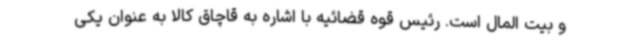
و بیت المال است. رئیس قوه قضائیه با اشاره به قاچاق کالا به عنوان یکی